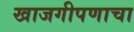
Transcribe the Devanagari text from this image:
खाजगीपणाचा